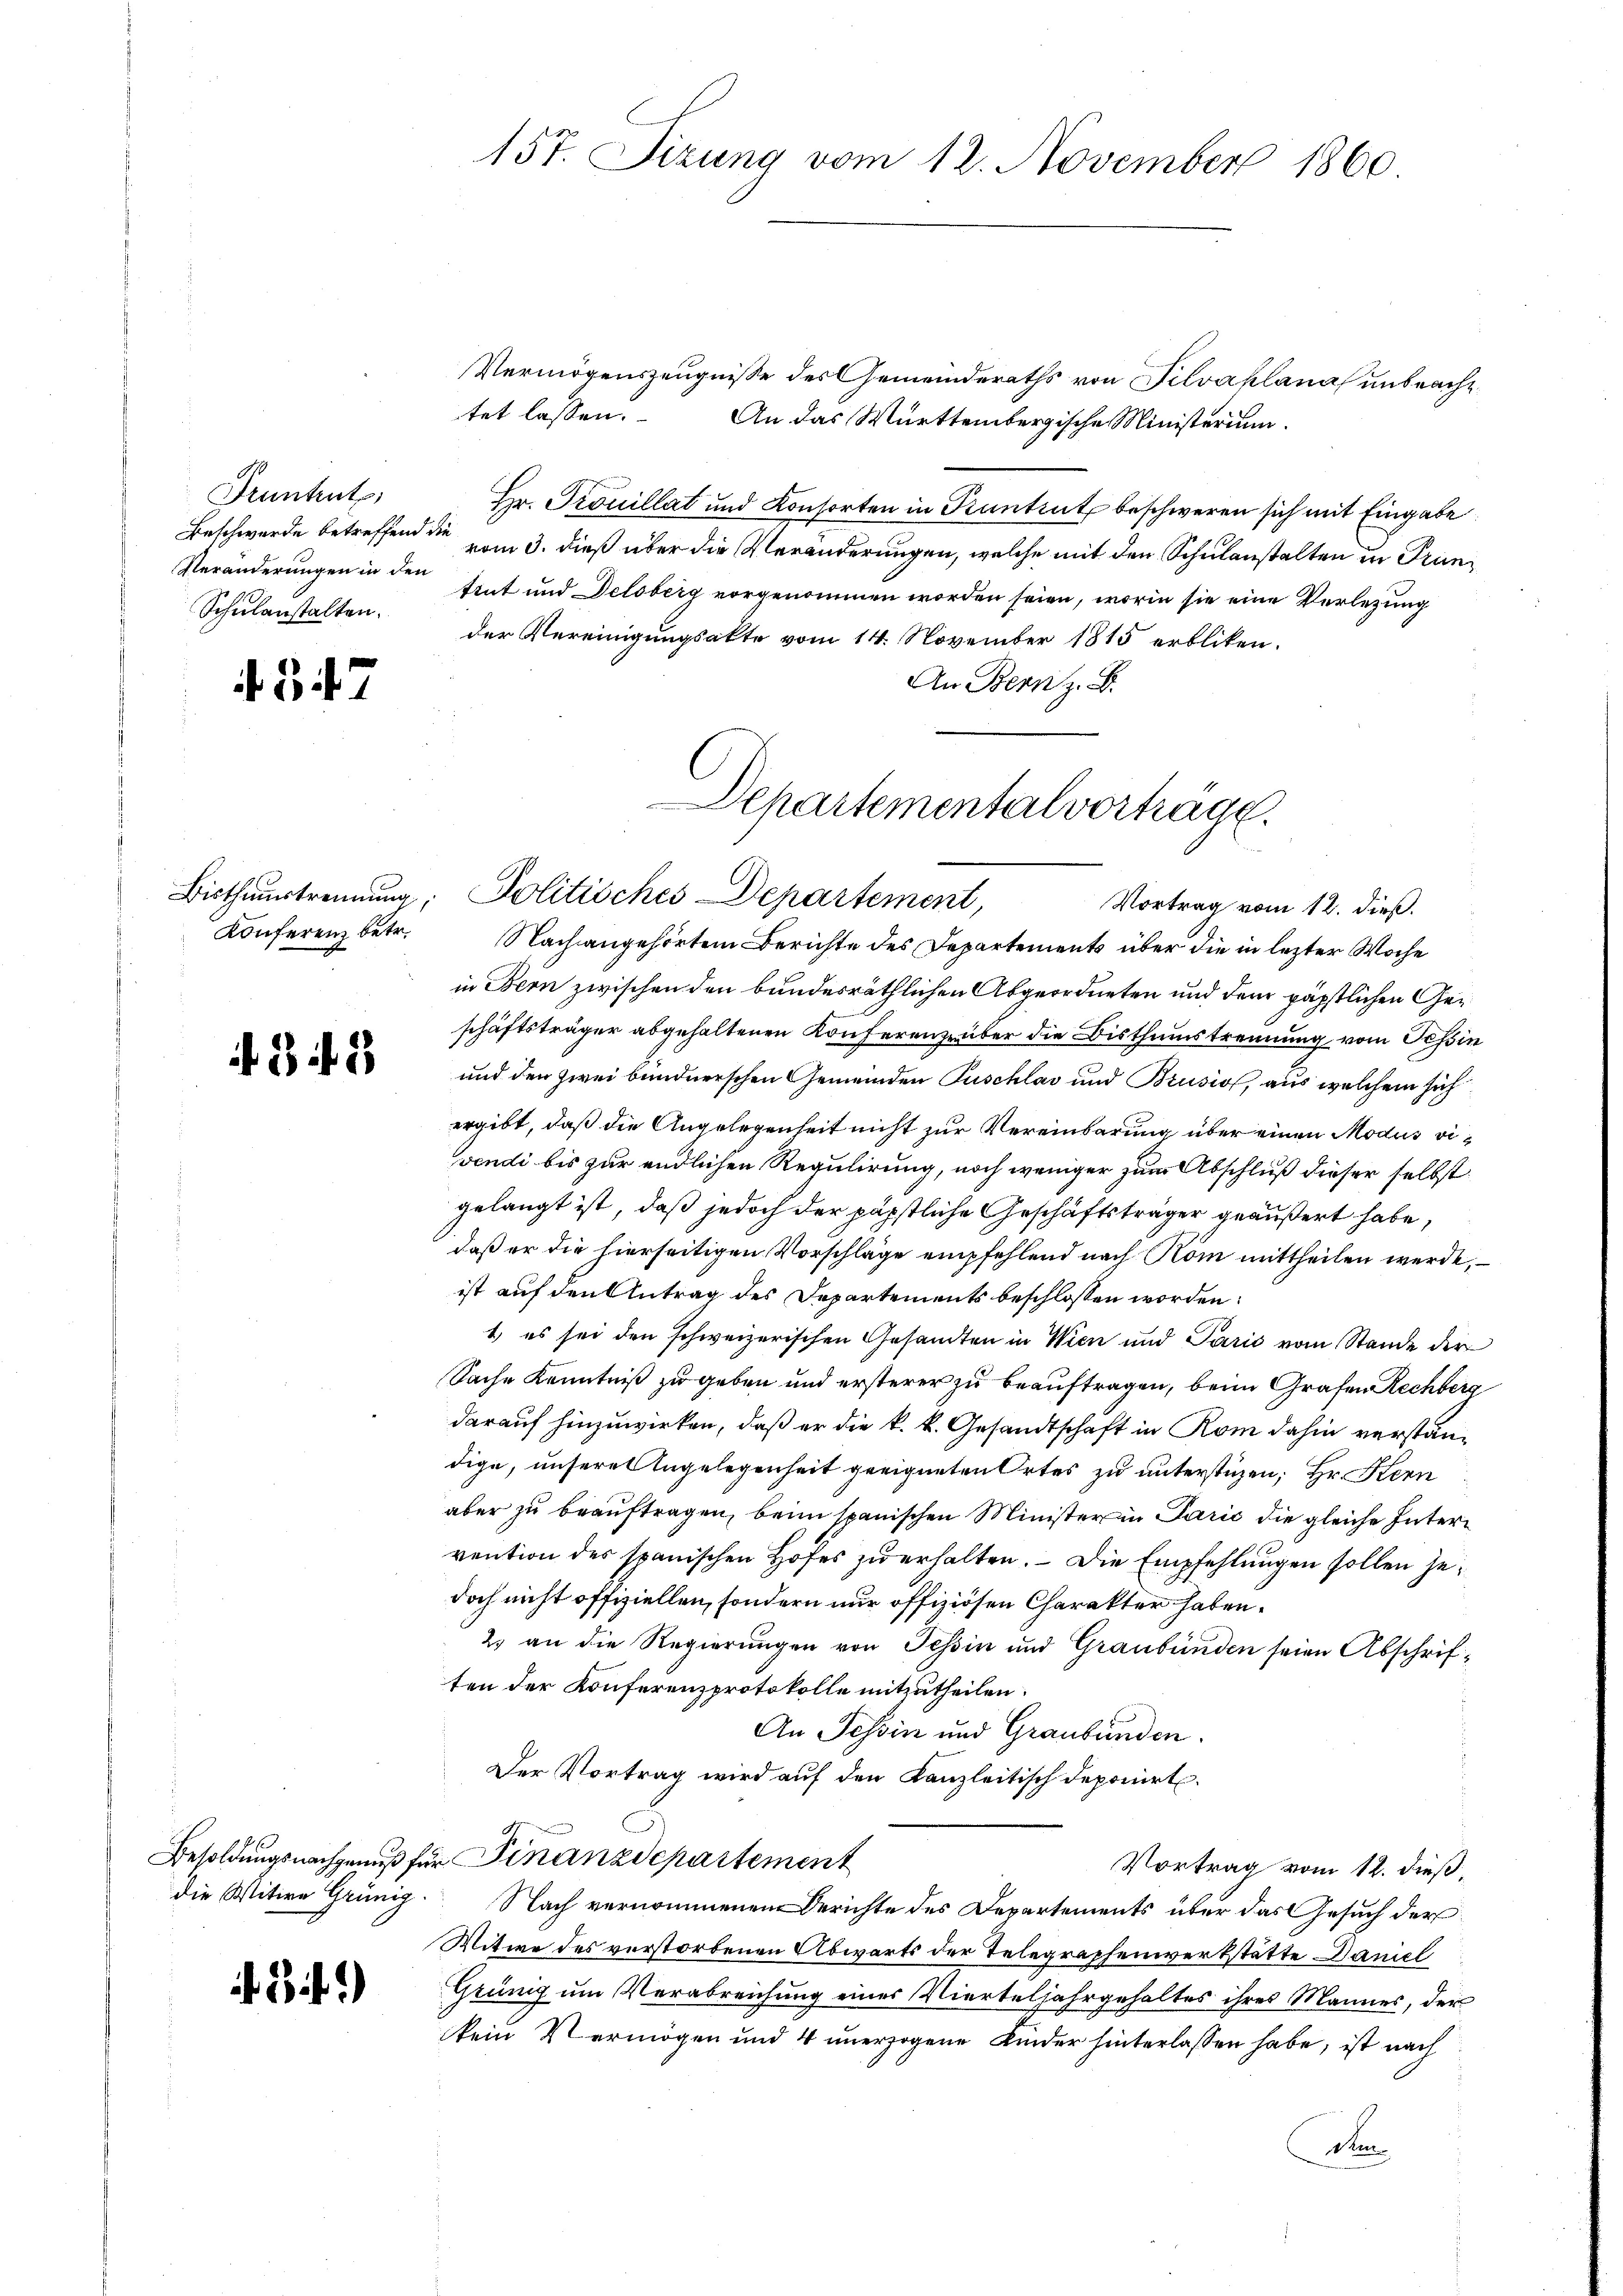
Fruntrut:
Veränderungen in den
Schulanstalten.

Vermögenszeugnisse des Gemeinderaths von Silvaplana unbrachtet lassen. An das Württembergische Ministerium
Hr. Trouillat und Konsorten in Kantrut beschweren sich mit Eingabe
Beschwerde betreffend die vom 3. dieß über die Veränderungen, welche mit den Schulanstalten in Truntrut und Delsberg vorgenommen worden seien, worin sie eine Verlegung
der Vereinigungsakte vom 14. November 1815 erbliken.
An Bern z. B.
Konferenz betr. Nachangehörtem Berichte des Departements über die in lezter Woche
in Bern zwischen den bundesräthlichen Abgeordneten und dem päpstlichen Geschäftsträger abgehaltenen Konferenz über die Bisthumstrennung vom Tessin
und den zwei bundnerschen Gemeinden Puschlav und Brusio, aus welchem sich
ergibt, daß die Angelegenheit nicht zur Vereinbarung über einen Modus vivendi bis zur endlichen Regulirung, noch weniger zum Abschluß dieser selbst.
gelangt ist, daß jedoch der päpstliche Geschäftsträger geäußert habe,
daß er die hierseitigen Vorschläge empfehlend nach Köm mittheilen werde,
ist auf den Antrag des Departements beschlossen worden:
1) es sei den schweizerischen Gesamten in Wien und Paris vom Stande der
Sache Kenntniß zu geben und ersterer zu beauftragen, beim Grafen Rechberg
darauf hinzuwirken, daß er die k. k. Gesandtschaft in Rom dahin verständige, unseres Angelegenheit geeigneten Ortes zu unterstüzen; Hr. Kern
aber zu beauftragen, beim spanischen Minister in Parić die gleiche Intervention des spanischen Hofes zu erhalten. – Die Empfehlungen sollen jedoch nicht offiziellen, sondern nur offiziösen Charakter haben.
2) an die Regierungen von Tessin und Graubünden seien Abschriften der Konferenzprotokolle mitzutheilen.
An Tessin und Graubünden.
Der Vortrag wird auf den Kanzleitisch deponirt.
Besoldungsnachgenuß für Finanzdepartement
Vortrag vom 12. dieß,
die Witwe Grünig. Nach vernommenen Berichte des Departements über das Gesuch der
Witwe des verstorbenen Abwärts der Telegraphenverkstätte Daniel
Grünig um Verabreichung einer Vierteljahrgehaltes ihres Mannes, der
kein Vermögen und 4 unerzogene Kinder hinterlassen habe, ist nach
Ve

i. S. 47

if. 2 f 3

Bit1)

157. Sizung vom 12. November 1860

Dchartemental vorträge
Bisthaustrennung; Politisches Departement,
Vortrag vom 12. dieß.